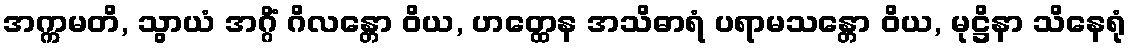
အက္ကမတိ, သွာယံ အဂ္ဂိံ ဂိလန္တော ဝိယ, ဟတ္ထေန အသိဓာရံ ပရာမသန္တော ဝိယ, မုဋ္ဌိနာ သိနေရုံ